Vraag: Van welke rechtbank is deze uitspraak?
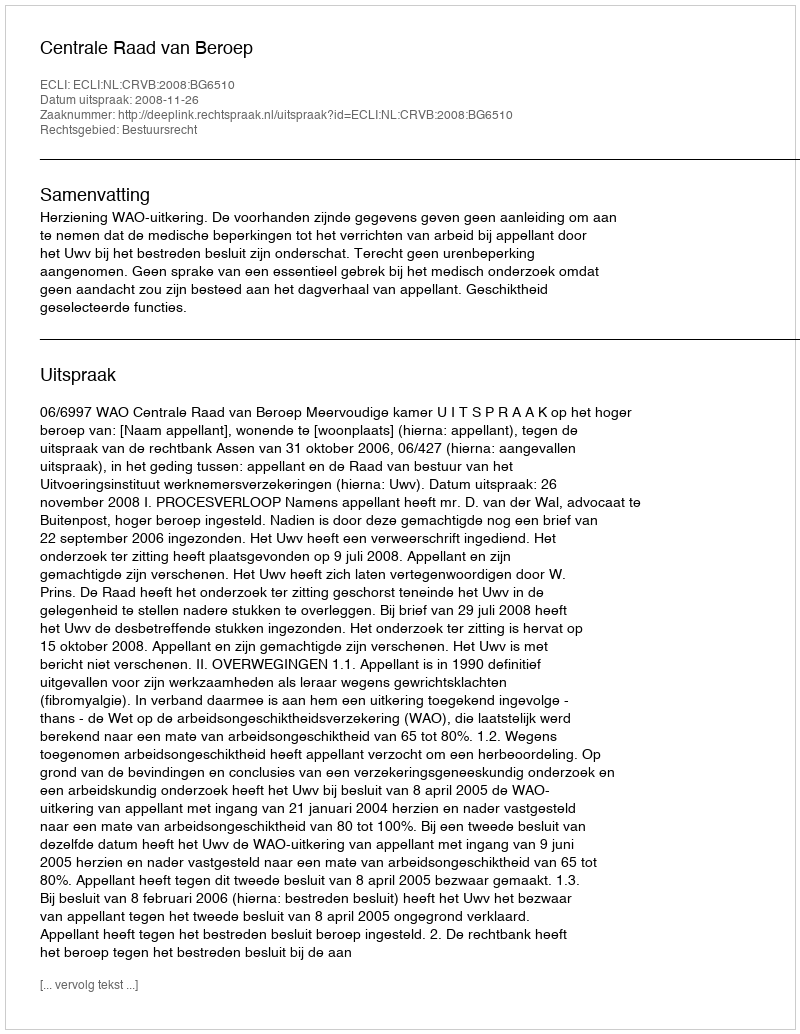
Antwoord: Centrale Raad van Beroep